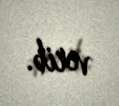
verib.